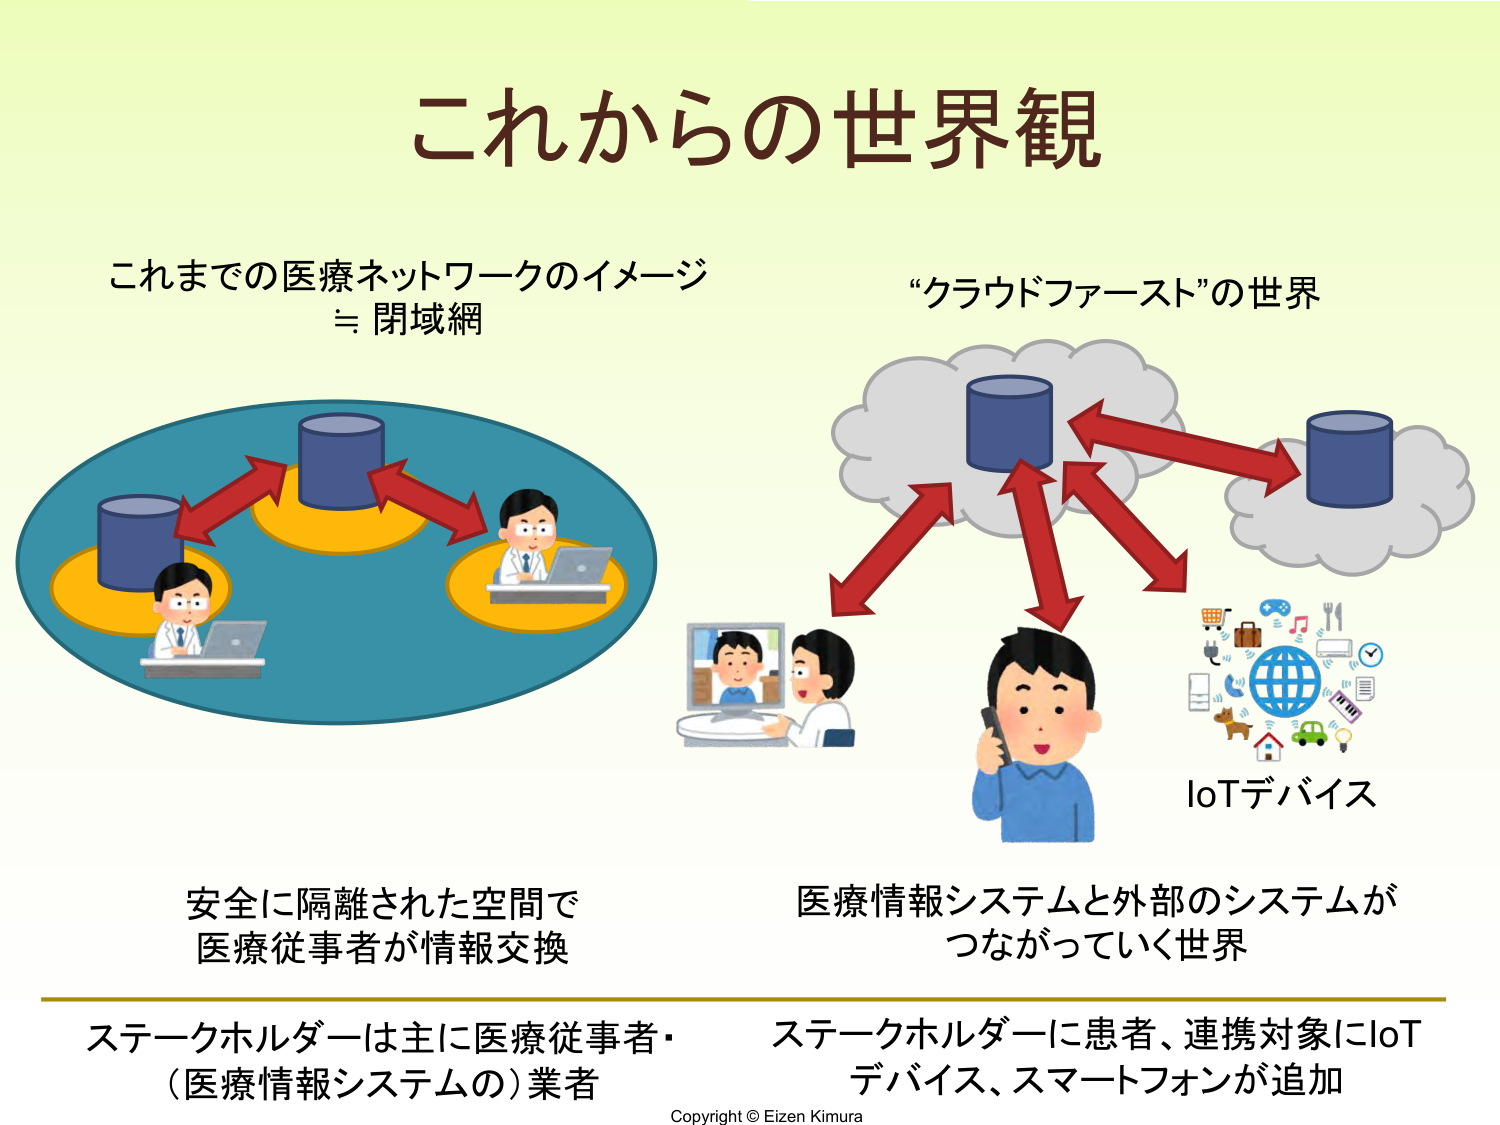
これからの世界観

これまでの医療ネットワークのイメージ
≒ 閉域網

“クラウドファースト”の世界

安全に隔離された空間で
医療従事者が情報交換

医療情報システムと外部のシステムが
つながっていく世界

ステークホルダーは主に医療従事者・
（医療情報システムの）業者

ステークホルダーに患者、連携対象にIoT
デバイス、スマートフォンが追加

IoTデバイス

Copyright © Eizen Kimura